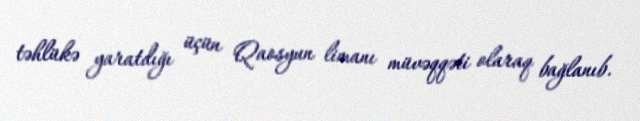
təhlükə yaratdığı üçün Qaosyun limanı müvəqqəti olaraq bağlanıb.